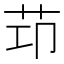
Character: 𦭎